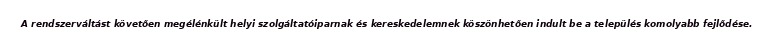
A rendszerváltást követően megélénkült helyi szolgáltatóiparnak és kereskedelemnek köszönhetően indult be a település komolyabb fejlődése.